Vaccination in the Punjab 1905-1918 - 1905-1918
Year: 1905
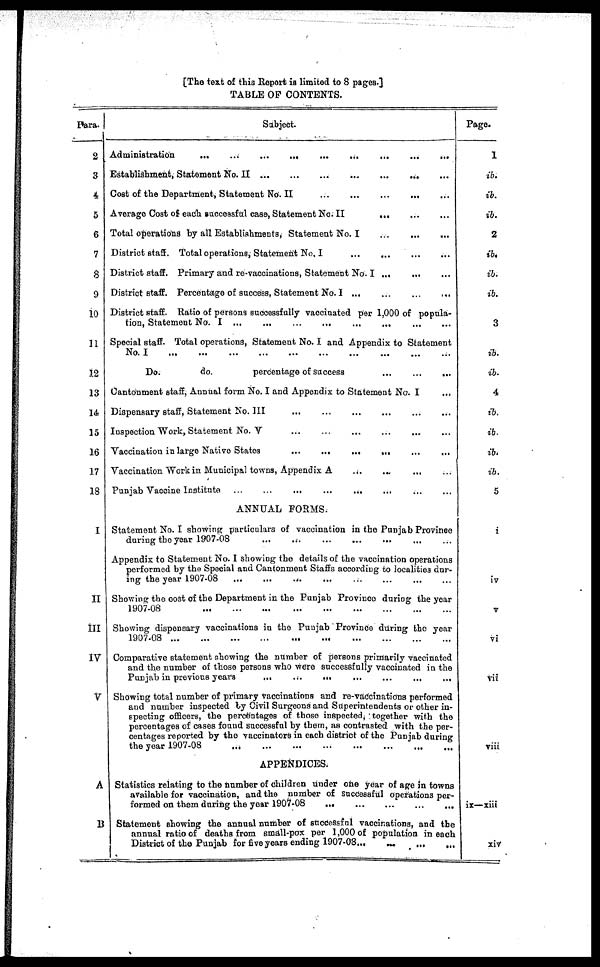
[The text of this Report is limited to 8 pages.]
TABLE OF CONTENTS.
Para.
2
3
4
5
6
7
8
9
10
11
12
13
14
15
16
17
18
I
II
III
IV
V
A
B
Subject.
Administration
...
...
...
...
...
...
...
...
...
Establishment, Statement No. II
...
...
...
...
...
...
Cost of the Department, Statement No. II
...
...
...
...
...
...
Average Cost of each successful case, Statement No. II ... ... ... ... ...
Total operations by all Establishments, Statement No. I
...
...
...
District staff. Total operations, Statement No. I
...
...
...
...
...
District staff. Primary and re-vaccinations, Statement No. I ... ... ...
District staff. Percentage of success, Statement No. I ... ... ... ... ...
District staff. Ratio of persons successfully vaccinated per 1,000 of popula-
tion, Statement No. I
...
...
...
...
...
...
...
...
Special staff. Total operations, Statement No. I and Appendix to Statement
No. I
...
...
...
...
...
...
...
Do.
do.
percentage of success ... ... ... ... ...
Cantonment staff, Annual form No. I and Appendix to Statement No. I
Dispensary staff, Statement No. III
...
...
...
...
...
...
Inspection Work, Statement No. V
...
...
...
...
...
Vaccination in large Native States
...
...
...
...
...
...
Vaccination "Work in Municipal towns, Appendix A ... ... ... ...
Punjab Vaccine Institute
...
...
...
...
...
...
...
...
ANNUAL FORMS.
Statement No. I showing particulars of vaccination in the Punjab Province
during the year 1907-08
...
...
...
...
...
...
...
Appendix to Statement No. I showing the details of the vaccination operations
performed by the Special and Cantonment Staffs according to localities dur-
ing the year 1907-08 ... ... ... ... ... ...
Showing the cost of the Department in the Punjab Province during the year
1907-08
...
...
...
...
...
...
Showing dispensary vaccinations in the Punjab Province during the year
1907-08
...
...
...
...
...
...
...
...
...
Comparative statement showing the number of persons primarily vaccinated
and the number of those persons who were successfully vaccinated in the
Punjab in previous years
...
...
...
...
...
...
...
...
Showing total number of primary vaccinations and re-vaccinations performed
and number inspected by Civil Surgeons and Superintendents or other in-
specting officers, the percentages of those inspected, together with the
percentages of cases found successful by them, as contrasted with the per-
centages reported by the vaccinators in each district of the Punjab during
the year 1907-08
...
...
...
...
...
...
...
...
APPENDICES.
Statistics relating to the number of children under one year of age in towns
available for vaccination, and the number of successful operations per-
formed on them during the year 1907-08
...
...
...
...
...
Statement showing the annual number of successful vaccinations, and the
annual ratio of deaths from small-pox per 1,000 of population in each
District of the Punjab for five years ending 1907-08
...
...
...
...
Page.
1
ib.
ib.
ib.
2
ib.
ib.
ib.
3
ib.
ib.
4
ib.
ib.
ib.
ib.
5
i
iv
v
vi
vii
viii
ix—xiii
xiv